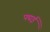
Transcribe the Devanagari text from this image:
पद्मई